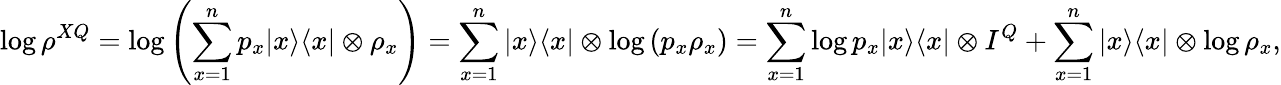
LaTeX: \log\rho^{XQ}=\log\left(\sum_{x=1}^{n}p_{x}|x\rangle\langle x|\otimes\rho_{x}\right)=\sum_{x=1}^{n}|x\rangle\langle x|\otimes\log\left(p_{x}\rho_{x}\right)=\sum_{x=1}^{n}\log p_{x}|x\rangle\langle x|\otimes I^{Q}+\sum_{x=1}^{n}|x\rangle\langle x|\otimes\log\rho_{x},